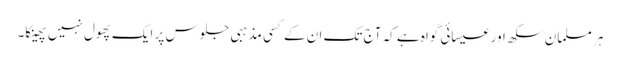
ہر مسلمان سکھ اور عیسائی گواہ ہے کہ آج تک ان کے کسی مذہبی جلوس پر ایک پھول نہیں پھینکا۔